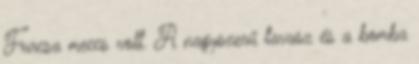
Furcsa meccs volt. A nagyszerű tavasz és a bomba